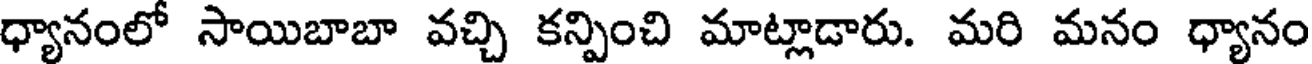
ధ్యానంలో సాయిబాబా వచ్చి కన్పించి మాట్లాడారు. మరి మనం ధ్యానం